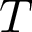
T